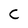
Character: C